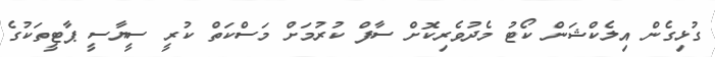
ގުޅިގެން އިލެކްޝަން ކޯޓު މެދުވެރިކޮށް ސާފް ކުރުމަށް މަސްކަތް ކުރީ ސީޔާސީ ޕާޓީތަކުގެ